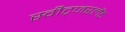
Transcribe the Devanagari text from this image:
स्वीट्‍जरलैंड